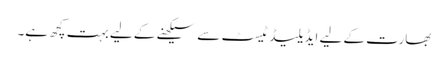
بھارت کے لیے ایڈیلیڈ ٹیسٹ سے سیکھنے کے لیے بہت کچھ ہے۔